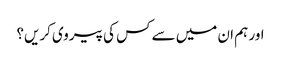
اور ہم ان میں سے کس کی پیروی کریں؟